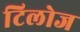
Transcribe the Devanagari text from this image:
टिलोज